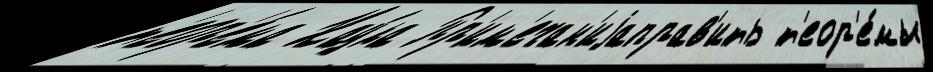
т'еор'е́ма Нау́ка Пр'им'ечан'иjаправ'ить т'еор'е́мы